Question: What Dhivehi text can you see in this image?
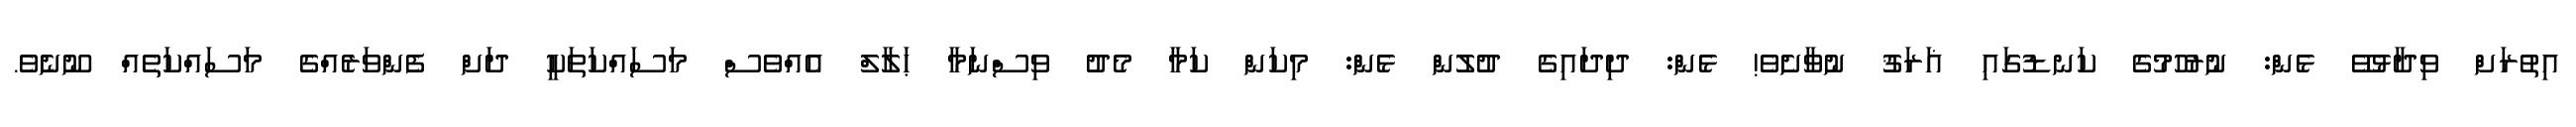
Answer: އިތުރަށް ވިދާޅުވޭ ޅެން: ނުރުހުމުގެ ކަނޑުގައި ޣަރަޤު ނުވާށެވެ! ޅެން: ދިދައިގެ ދުލުން ޅެން: މިކަން ކަމާ މެދު ވިސްނަމާ ޙަލާލް އެއްވެސް މަސައްކަތަކީ ދަށް ފެންވަރެއްގެ މަސައްކަތެއް ނޫނެވެ.